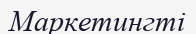
Маркетингті